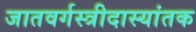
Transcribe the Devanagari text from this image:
जातवर्गस्त्रीदास्यांतक